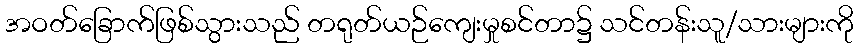
အဝတ်ခြောက်ဖြစ်သွားသည် တရုတ်ယဉ်ကျေးမှုစင်တာ၌ သင်တန်းသူ/သားများကို